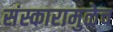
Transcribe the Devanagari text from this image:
संस्कारामुळेच